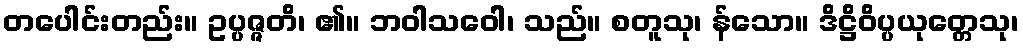
တပေါင်းတည်း။ ဥပ္ပဇ္ဇတိ၊ ၏။ ဘဝါသဝေါ၊ သည်။ စတူသု၊ န်သော။ ဒိဋ္ဌိဝိပ္ပယုတ္တေသု၊